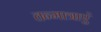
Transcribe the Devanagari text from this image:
तन्मात्राएं